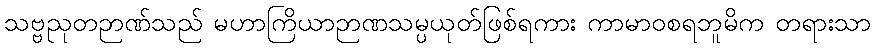
သဗ္ဗညုတဉာဏ်သည် မဟာကြိယာဉာဏသမ္ပယုတ်ဖြစ်ရကား ကာမာဝစရဘူမိက တရားသာ